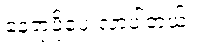
နေရာပိုပေးလာပါတယ်။